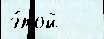
э́той